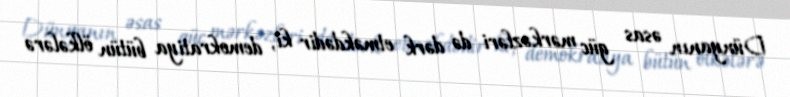
Dünyanın əsas güc mərkəzləri də dərk etməkdədir ki, demokratiya bütün ölkələrə